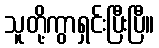
သူတို့ကွာရှင်းပြီးပြီ။